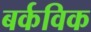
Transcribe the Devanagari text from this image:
बर्कविक